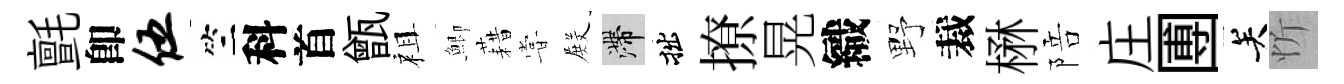
氈卽伍竺科首甑祖鯽藉甞𭮺滯拙撩晃織野裁楙陪庄圑关忻